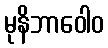
မုနိဘာဝေါဝ